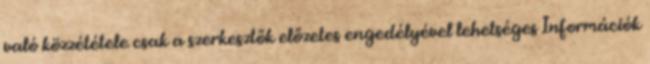
való közzététele csak a szerkesztők előzetes engedélyével lehetséges Információk